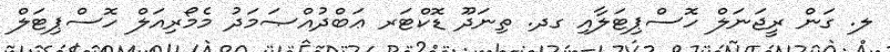
ލ. ގަން ރީޖަނަލް ހޮސްޕިޓަލާއި ގދ. ތިނަދޫ ޑޮކްޓަރ ޢަބްދުއްޞަމަދު މެމޯރިއަލް ހޮސްޕިޓަލް